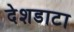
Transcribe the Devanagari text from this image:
देशडाटा